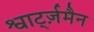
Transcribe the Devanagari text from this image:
श्वार्ट्ज़मैन